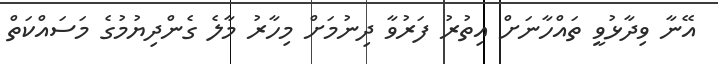
އޭނާ ވިދާޅުވީ ތައްހާނަށް އިތުރު ފަރުވާ ދިނުމަށް މިހާރު މާލެ ގެންދިޔުމުގެ މަސައްކަތް